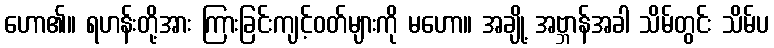
ဟော၏။ ရဟန်းတို့အား ကြားခြင်းကျင့်ဝတ်များကို မဟော။ အချို့ အဗ္ဘာန်အခါ သိမ်တွင်း သိမ်ပ